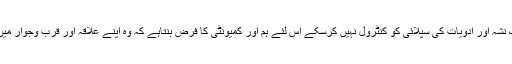
چونکہ ہمارے قانون نافذکرنے والے ادارے اور ایجنسیاں گلیوں اور بازاروں میں عام لوگوں تک نشہ آور ادویات کی سپلائی کو کنٹرول نہیں کرسکے اس لئے ہم اور کمیونٹی کا فرض بنتاہے کہ وہ اپنے علاقہ اور قرب وجوار میںنشہ کی ترسیل اور استعمال کرنے والوں پر نگاہ رکھیں اور اس کی خرید و فروخت کو روکیں۔